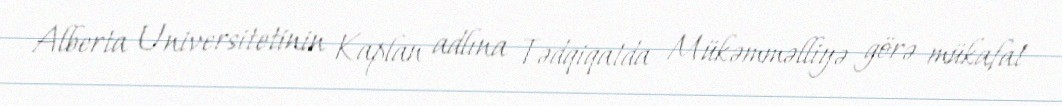
Alberta Universitetinin Kaplan adlına Tədqiqatda Mükəmməlliyə görə mükafat